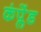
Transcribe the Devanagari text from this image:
कंप्लेंड